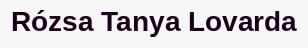
Rózsa Tanya Lovarda